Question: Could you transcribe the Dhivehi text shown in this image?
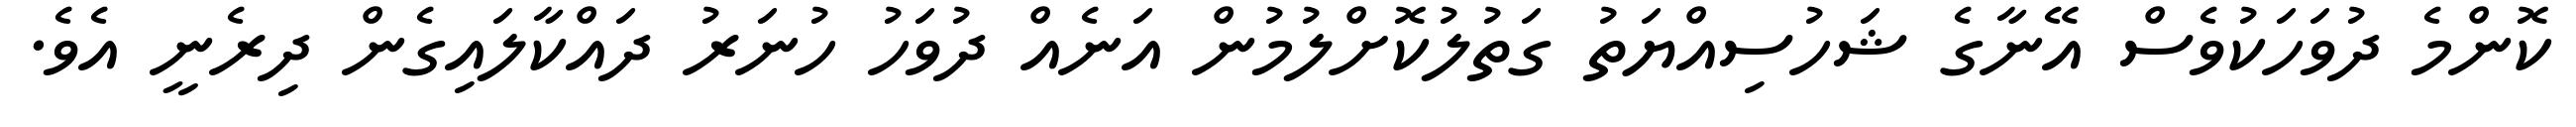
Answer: ކޮންމެ ދުވަހަކުވެސް އޭނާގެ ޝަހުސިއްޔަތު ގަތުލުކޮށްލުމުން އަނެއް ދުވަހު ހުނަރު ދައްކާލައިގެން ދިރެނީ އެވެ.